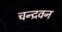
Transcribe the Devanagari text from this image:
चन्द्रवन